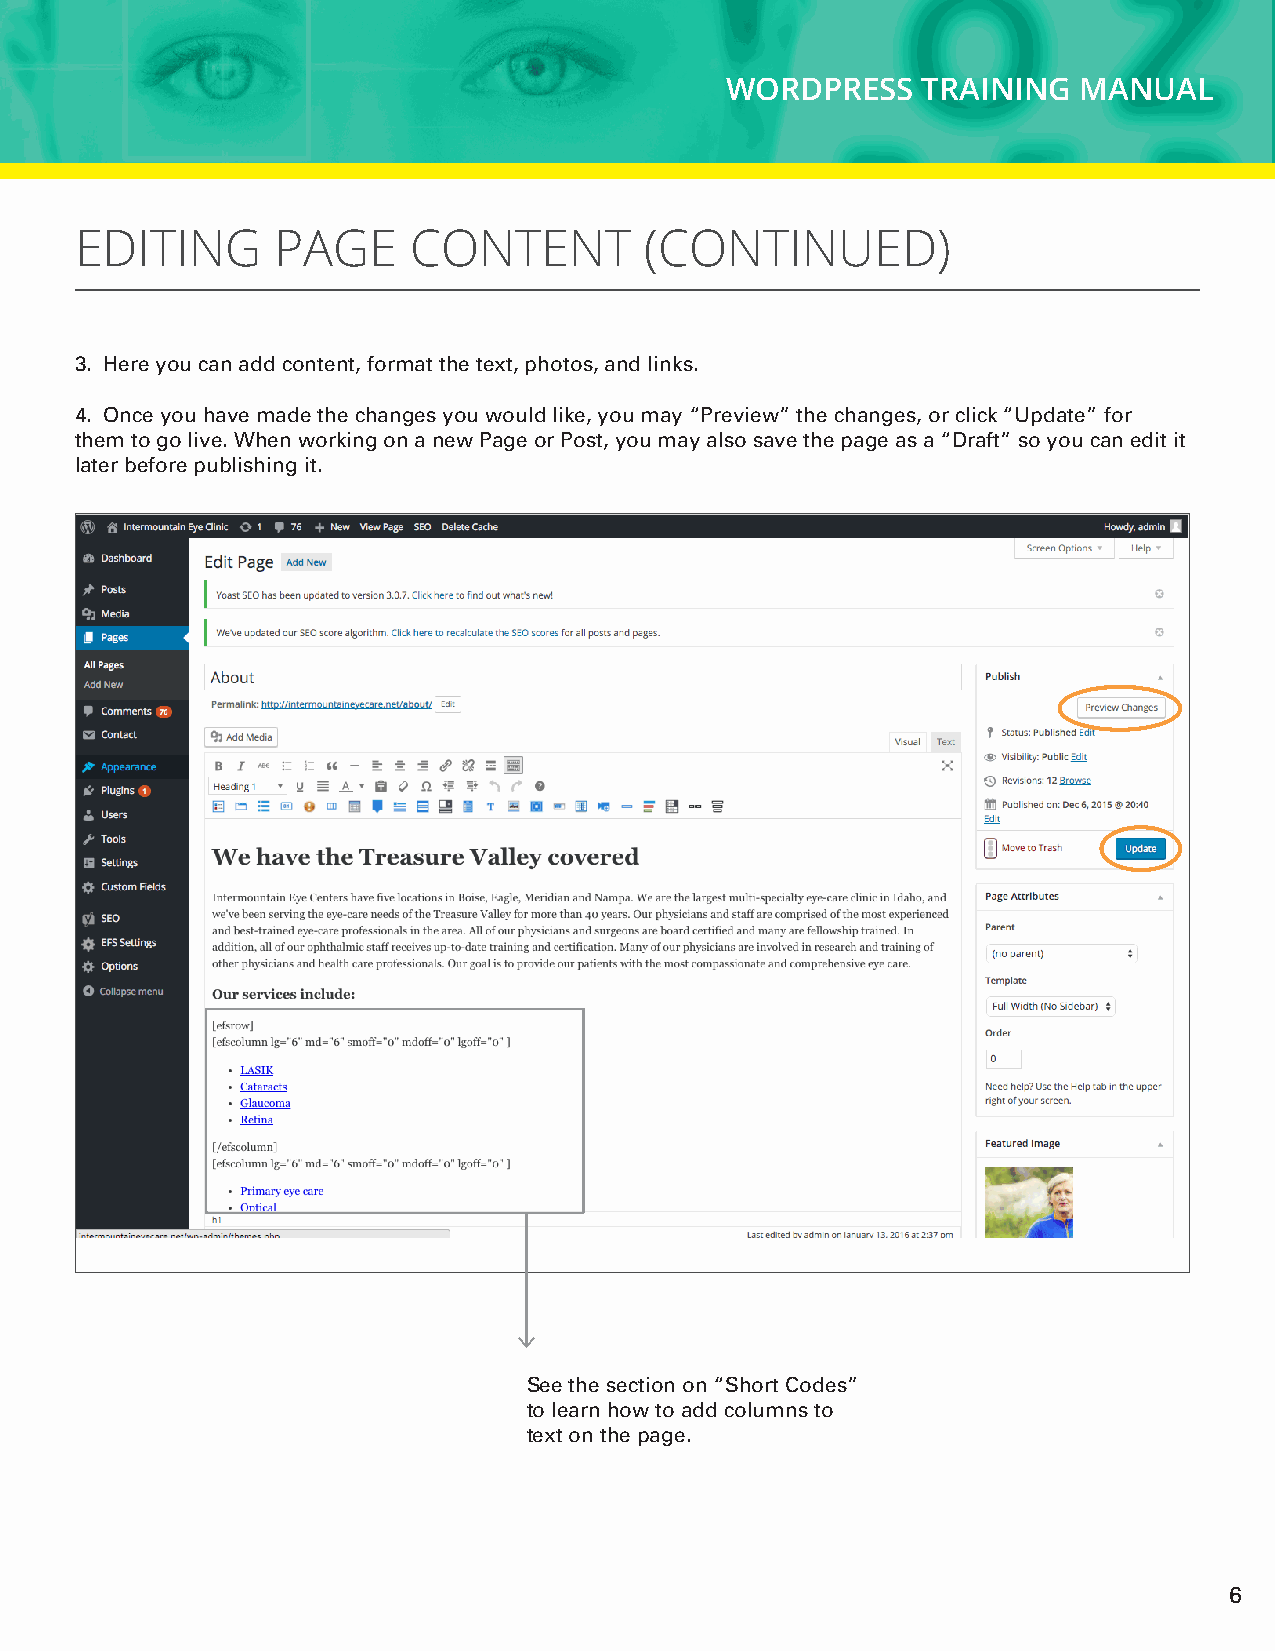
WORDPRESS    TRAINING  MANUAL
 EDITING      PAGE     CONTENT         (CONTINUED)
 3. Here you can add content, format the text, photos, and links.
 4. Once you have made the changes you would like, you may “Preview” the changes, or click “Update” for
 them to go live. When working on a new Page or Post, you may also save the page as a “Draft” so you can edit it
 later before publishing it.
 See the section on “Short Codes”
 to learn how to add columns to
 text on the page.
 6